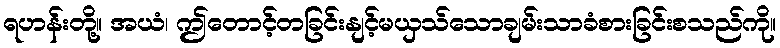
ရဟန်းတို့။ အယံ၊ ဤတောင့်တခြင်းနျင့်မယှသ်သောချမ်းသာခံစားခြင်းစသည်ကို။